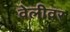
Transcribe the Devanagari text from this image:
वेलीवर